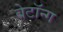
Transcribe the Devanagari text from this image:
बेटॉन्ग